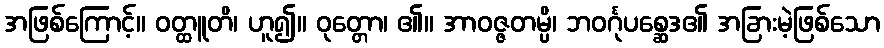
အဖြစ်ကြောင့်။ ဝတ္ထူတိ၊ ဟူ၍။ ဝုတ္တော၊ ၏။ အာဝဇ္ဇတမ္ပိ၊ ဘဝင်္ဂုပစ္ဆေဒ၏ အခြားမဲ့ဖြစ်သော